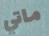
ماتي